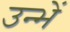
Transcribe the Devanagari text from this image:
उन्भें